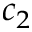
c _ { 2 }